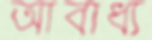
আবাধ্য